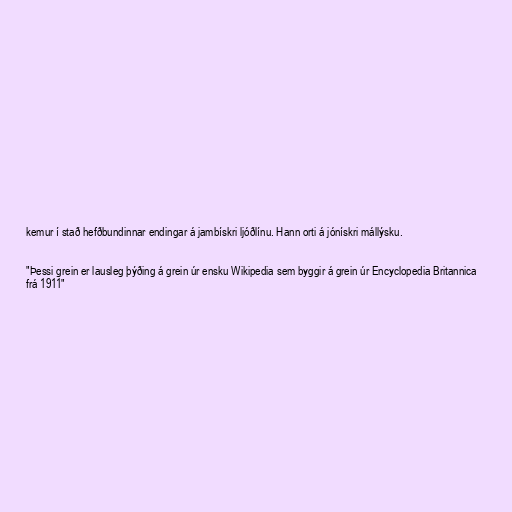
kemur í stað hefðbundinnar endingar á jambískri ljóðlínu. Hann orti á jónískri mállýsku.

"Þessi grein er lausleg þýðing á grein úr ensku Wikipedia sem byggir á grein úr Encyclopedia Britannica
frá 1911"